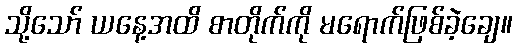
သို့သော် ယနေ့အထိ စာတိုက်ကို မရောက်ဖြစ်ခဲ့ချေ။